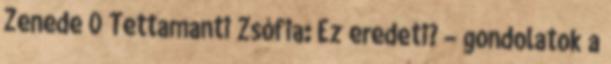
Zenede 0 Tettamanti Zsófia: Ez eredeti? – gondolatok a